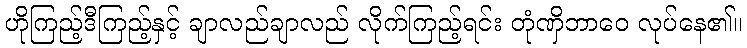
ဟိုကြည့်ဒီကြည့်နှင့် ချာလည်ချာလည် လိုက်ကြည့်ရင်း တုံဏှိဘာဝေ လုပ်နေ၏။